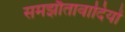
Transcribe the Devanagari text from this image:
समझौतावादियों